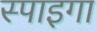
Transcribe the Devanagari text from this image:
स्पाइगा